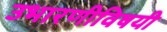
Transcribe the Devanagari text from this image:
उभारणीविषयी